Annual report on the lock hospitals of the Madras Presidency
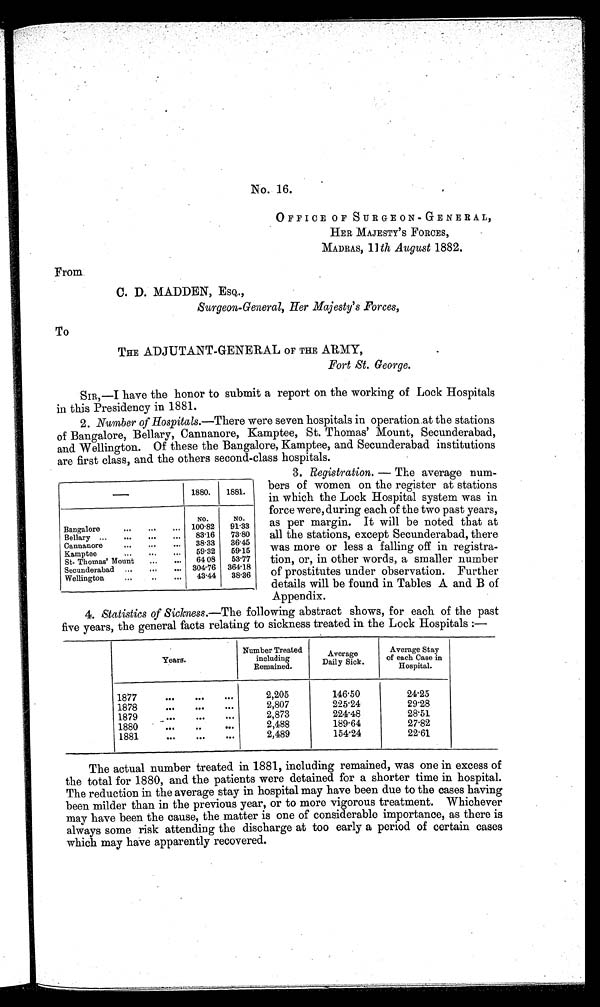
No. 16.
OFFICE OF SURGEON-GENERAL,
HER MAJESTY ' S FORCES,
MADRAS, 11th August 1882.
From.
C. D. MADDEN, ESQ.,
Surgeon-General, Her Majesty's Forces,
To
THE ADJUTANT-GENERAL OF THE ARMY,
Fort St. George.
SIR,—I have the honor to submit a report on the working of Lock Hospitals
in this Presidency in 1881.
2. Number of Hospitals.—There were seven hospitals in operation at the stations
of Bangalore, Bellary, Cannanore, Kamptee, St. Thomas' Mount, Secunderabad,
and Wellington. Of these the Bangalore, Kamptee, and Secunderabad institutions
are first class, and the others second-class hospitals.
1880.
1881.
NO.
NO.
Bangalore
...
...
...
100.82
91.33
Bellary ...
...
...
...
83.16
73.80
38.33
36.45
Cannanore
...
...
...
59.32
59.15
Kamptee
...
...
...
St. Thomas' Mount
...
...
64 08
53.77
304.76
364.18
Secunderabad
...
...
...
43.44
38.36
Wellington
...
..
...
3. Registration. — The average num-
bers of women on the register at stations
in which the Lock Hospital system was in
force were, during each of the two past years,
as per margin. It will be noted that at
all the stations, except Secunderabad, there
was more or less a falling off in registra-
tion, or, in other words, a smaller number
of prostitutes under observation. Further
details will be found in Tables A and B of
Appendix.
4. Statistics of Sickness .—The following abstract shows, for each of the past
five years, the general facts relating to sickness treated in the Lock Hospitals :—
Years.
Number Treated
including
Remained.
Average
Daily Sick.
Average Stay
of each Case in
Hospital.
1877
...
...
...
2,205
146.50
24.25
1878
...
...
...
2,807
225.24
29.28
2,873
224.48
28.51
1879
...
...
...
2,488
189.64
27.82
1880
...
..
. . .
1881
...
...
...
2,489
154.24
22.61
The actual number treated in 1881, including remained, was one in excess of
the total for 1880, and the patients were detained for a shorter time in hospital.
The reduction in the average stay in hospital may have been due to the cases having
been milder than in the previous year, or to more vigorous treatment. Whichever
may have been the cause, the matter is one of considerable importance, as there is
always some risk attending the discharge at too early a period of certain cases
which may have apparently recovered.